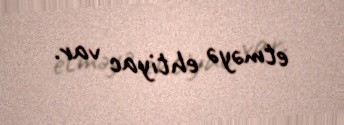
etməyə ehtiyac var.